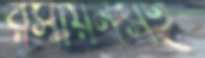
রসায়নসহ